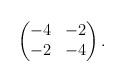
LaTeX: \begin{align*}\begin{pmatrix}-4 & -2 \\ -2 & -4 \end{pmatrix}.\end{align*}